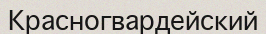
Красногвардейский